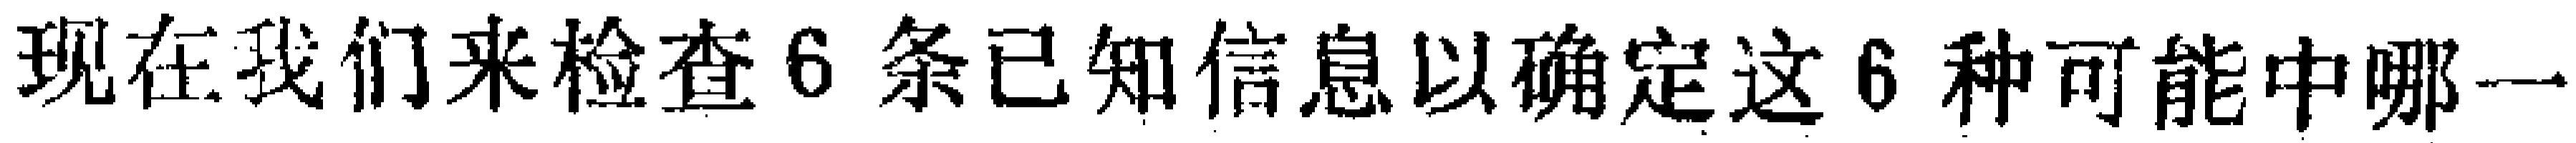
现在我们来检查6条已知信息以确定这6种可能中哪一